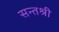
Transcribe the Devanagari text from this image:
सन्तश्री